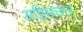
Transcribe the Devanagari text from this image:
अहिछछात्र